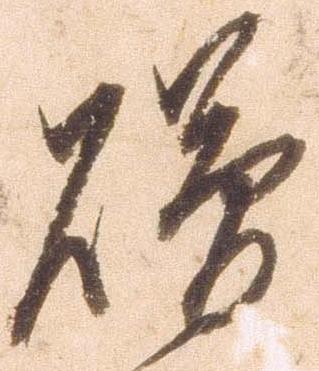
贈